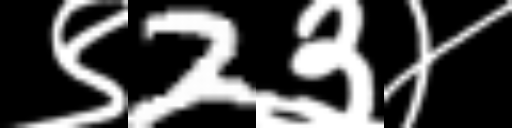
Text: ९2३४